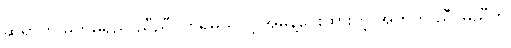
ဆရာက မတိုမရှည် ညီညီဝတ်ရမယ်လို့ အမိန့်ပေးထားတဲ့ အတွက် ညီ-မညီကို